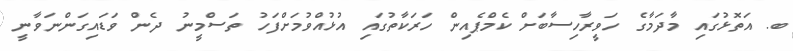
ބ. އަތޮޅުގައި މާދަމާގެ ހަވީރާހިސާބަށް ކެމްޕެއިން ހަރަކާތުގައި އުޅުއްވުމަށްފަހު ތަސްމީނު ދެން ވަޑައިގަންނަވާނީ